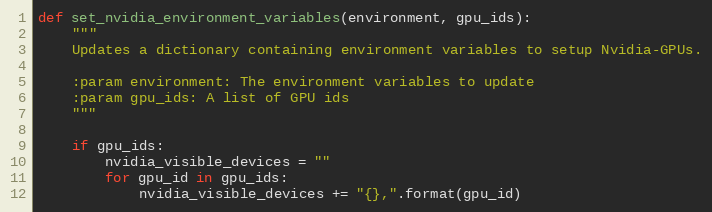
Language: Python
def set_nvidia_environment_variables(environment, gpu_ids):
    """
    Updates a dictionary containing environment variables to setup Nvidia-GPUs.

    :param environment: The environment variables to update
    :param gpu_ids: A list of GPU ids
    """

    if gpu_ids:
        nvidia_visible_devices = ""
        for gpu_id in gpu_ids:
            nvidia_visible_devices += "{},".format(gpu_id)